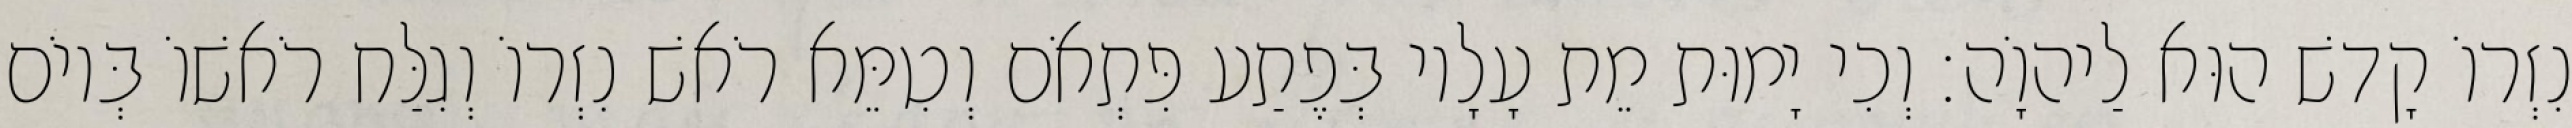
נִזְרוֹ קָדשׁ הוּא לַיהוָֹה׃ וְכִי יָמוּת מֵת עָלָיו בְּפֶתַע פִּתְאֹם וְטִמֵּא רֹאשׁ נִזְרוֹ וְגִלַּח רֹאשׁוֹ בְּיוֹם